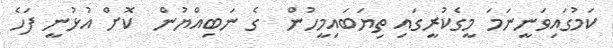
ކަމުގައިވަނީނަމަ މީގެކުރީގައި ތިޔަބައިމީހުން  ގެ ނަބިއްޔުން  ކޮށް އުޅުނީ ފަހެ